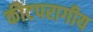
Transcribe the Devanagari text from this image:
कीटपरागीय